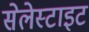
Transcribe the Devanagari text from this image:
सेलेस्टाइट